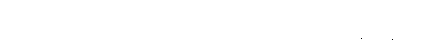
တစ်စုံတစ်ခု သော။ မူလံ၊ အမြစ်ကို။ ပဋိစ္စ၊ စွဲ၍။ နိဗ္ဗတ္တော၊ ဖြစ်သော။ ဂန္ဓော၊ အနံ့ တည်း။